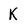
Character: K